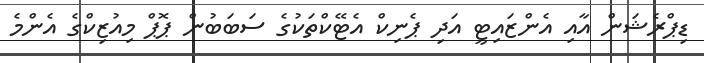
ޑިޕްރެޝަން އާއި އެންޒައިޓީ އަދި ޕެނިކް އެޓޭކްތަކުގެ ސަބަބުން ޕޮޕް މިއުޒިކްގެ އެންމެ